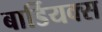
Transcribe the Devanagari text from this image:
बार्डियक्स